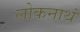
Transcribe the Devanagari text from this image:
लोकनाथं